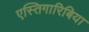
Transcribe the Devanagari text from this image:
एस्तिगारिबिया